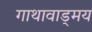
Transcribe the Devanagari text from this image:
गाथावाड्मय